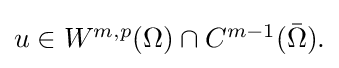
{\textstyle u\in W^{m,p}(\Omega )\cap C^{m-1}({\bar {\Omega }}).}